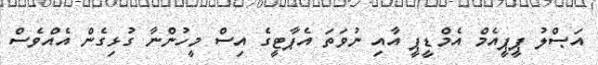
އަޞްލު ޕީޕީއެމް އެމްޑީޕީ އާއި ނުވަތަ އެޕާޓީގެ އިސް މީހުންނާ ގުޅިގެން އެއްވެސް